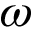
\omega